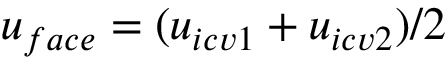
\displaystyle { u _ { f a c e } = ( u _ { i c v 1 } + u _ { i c v 2 } } ) / 2